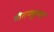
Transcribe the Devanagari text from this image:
गौतमकुमार